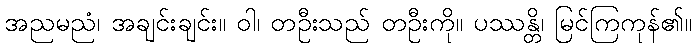
အညမညံ၊ အချင်းချင်း။ ဝါ၊ တဦးသည် တဦးကို။ ပဿန္တိ၊ မြင်ကြကုန်၏။